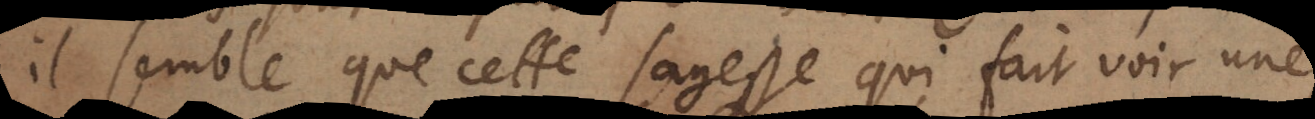
il semble que cette sagesse qui fait voir une